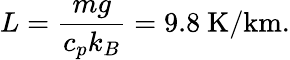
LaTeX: L={\frac{mg}{c_{p}k_{B}}}=9.8\mathrm{\ K/km}.